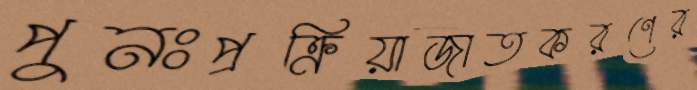
পুনঃপ্রক্রিয়াজাতকরণের